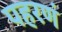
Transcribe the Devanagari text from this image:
पहरणं